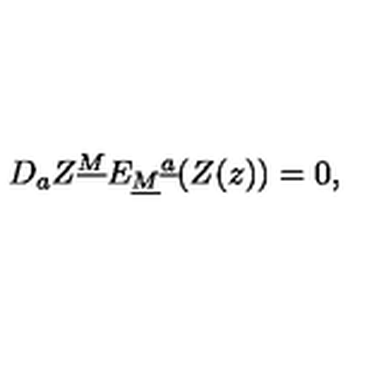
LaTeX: { D } _ { a } Z ^ { \underline { M } } E _ { \underline { M } } { } ^ { \underline { a } } ( Z ( z ) ) = 0 ,